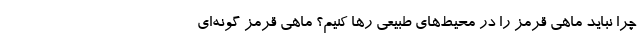
چرا نباید ماهی قرمز را در محیط‌های طبیعی رها کنیم؟ ماهی قرمز گونه‌ای